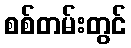
စစ်တမ်းတွင်